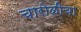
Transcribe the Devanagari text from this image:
चारोळीचा